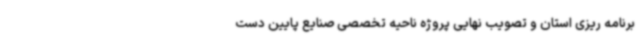
برنامه ریزی استان و تصویب نهایی پروژه ناحیه تخصصی صنایع پایین دست